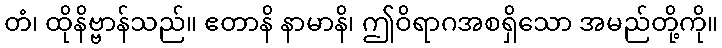
တံ၊ ထိုနိဗ္ဗာန်သည်။ ဧတာနိ နာမာနိ၊ ဤဝိရာဂအစရှိသော အမည်တို့ကို။